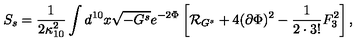
S _ { s } = { \frac { 1 } { 2 \kappa _ { 1 0 } ^ { 2 } } } \int d ^ { 1 0 } x \sqrt { - G ^ { s } } e ^ { - 2 \Phi } \left[ { \cal R } _ { G ^ { s } } + 4 ( \partial \Phi ) ^ { 2 } - { \frac { 1 } { 2 \cdot 3 ! } } F _ { 3 } ^ { 2 } \right] ,